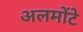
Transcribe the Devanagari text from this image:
अलमोंटे